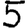
Digit: 5